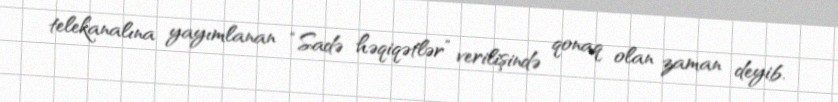
telekanalına yayımlanan “Sadə həqiqətlər” verilişində qonaq olan zaman deyib.